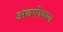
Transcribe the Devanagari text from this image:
अवषोषण